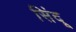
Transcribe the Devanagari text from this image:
सिंदू